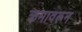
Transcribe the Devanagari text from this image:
क्रमावरून